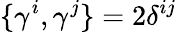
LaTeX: \{ \gamma^{i},\gamma^{j}\} =2\delta^{ij}